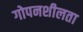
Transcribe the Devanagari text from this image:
गोपनशीलता